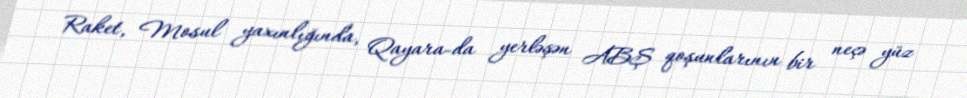
Raket, Mosul yaxınlığında, Qayara-da yerləşən ABŞ qoşunlarının bir neçə yüz